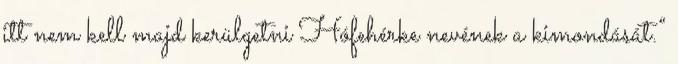
itt nem kell majd kerülgetni Hófehérke nevének a kimondását.”